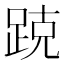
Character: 𰸑